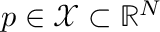
\boldsymbol { p } \in \mathcal { X } \subset \mathbb { R } ^ { N }